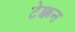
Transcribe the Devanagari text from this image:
टेक्कन